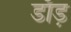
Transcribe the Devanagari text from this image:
डाँड़